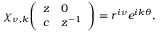
\chi _ { \nu , k } { \left( \begin{array} { l l } { z } & { 0 } \\ { c } & { z ^ { - 1 } } \end{array} \right) } = r ^ { i \nu } e ^ { i k \theta } ,